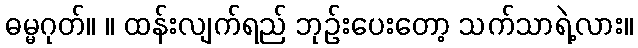
ဓမ္မဂုတ်။ ။ ထန်းလျက်ရည် ဘုဉ်းပေးတော့ သက်သာရဲ့လား။